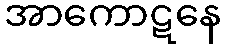
အာကောဋနေ